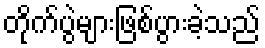
တိုက်ပွဲများဖြစ်ပွားခဲ့သည်